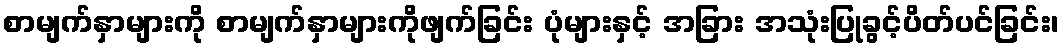
စာမျက်နှာများကို စာမျက်နှာများကိုဖျက်ခြင်း ပုံများနှင့် အခြား အသုံးပြုခွင့်ပိတ်ပင်ခြင်း၊